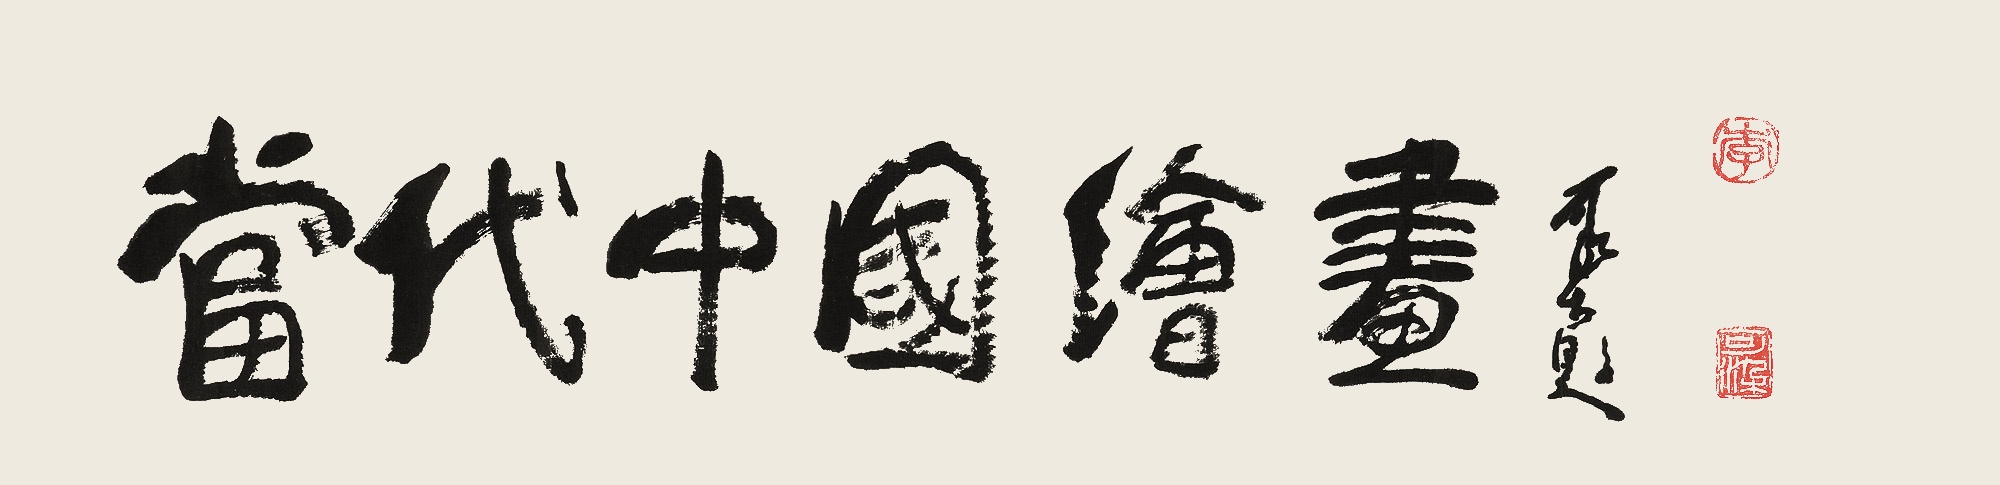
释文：当代中国绘画可染题。